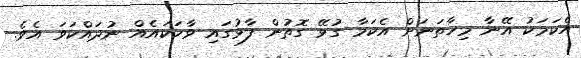
އެކަމަކު އޭނާ މިހާތަނަށް އެކަމާ ގުޅޭ ގޮތުން ފާޅުގައި ވާހަކައެއް ނުދައްކަވަ އެވެ.